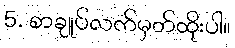
5. စာချုပ်လက်မှတ်ထိုးပါ။